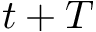
t + T